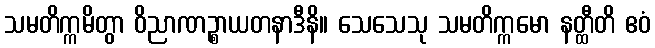
သမတိက္ကမိတွာ ဝိညာဏဉ္စာယတနာဒီနိ။ သေသေသု သမတိက္ကမော နတ္ထီတိ ဧဝံ